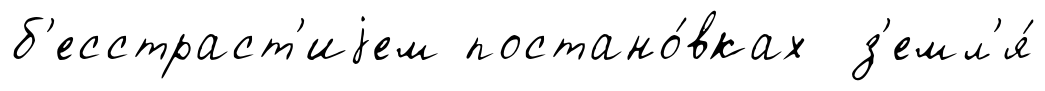
б'есстраст'иjем постано́вках з'емл'я́